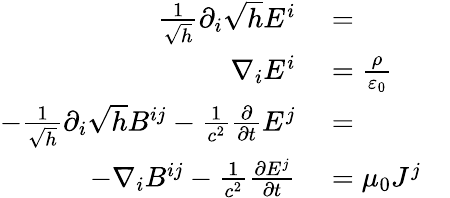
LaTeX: \begin{array}{rlr}{{\frac{1}{\sqrt{h}}}\partial_{i}{\sqrt{h}}E^{i}}&{{}=}\\ {\nabla_{i}E^{i}}&{{}={\frac{\rho}{\varepsilon_{0}}}}\\ {-{\frac{1}{\sqrt{h}}}\partial_{i}{\sqrt{h}}B^{ij}-{\frac{1}{c^{2}}}{\frac{\partial}{\partial t}}E^{j}}&{{}=}&{}\\ {-\nabla_{i}B^{ij}-{\frac{1}{c^{2}}}{\frac{\partial E^{j}}{\partial t}}}&{{}=\mu_{0}J^{j}}\end{array}